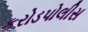
કરોડપોલીસ